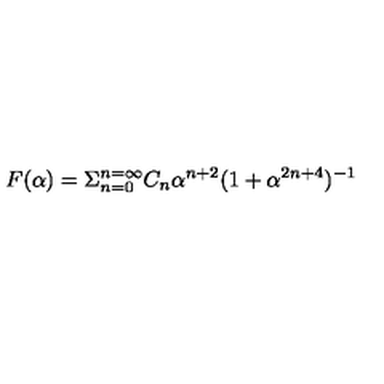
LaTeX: F ( \alpha ) = \Sigma _ { n = 0 } ^ { n = \infty } C _ { n } \alpha ^ { n + 2 } ( 1 + \alpha ^ { 2 n + 4 } ) ^ { - 1 }